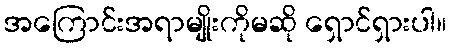
အကြောင်းအရာမျိုးကိုမဆို ရှောင်ရှားပါ။